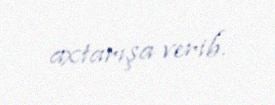
axtarışa verib.